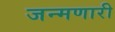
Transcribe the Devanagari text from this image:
जन्मणारी